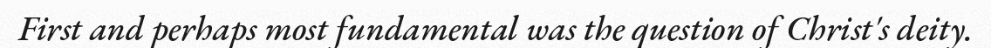
First and perhaps most fundamental was the question of Christ's deity.